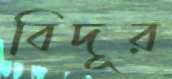
বিদূর